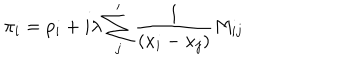
LaTeX: \pi _ { i } = p _ { i } + i \lambda \sum _ { j } ^ { \prime } { \frac { 1 } { ( x _ { i } - x _ { j } ) } } M _ { i j }